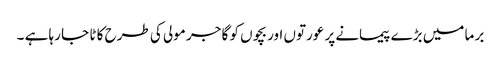
بر ما میں بڑے پیمانے پر عورتوں اور بچوں کو گا جر مولی کی طرح کا ٹا جا رہا ہے ۔